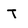
Character: T